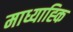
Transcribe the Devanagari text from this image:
माध्याह्कि